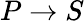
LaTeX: P\rightarrow S